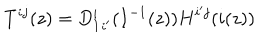
LaTeX: T ^ { i j } ( z ) = { D _ { 1 } ^ { i } } _ { i ^ { \prime } } ( I ^ { - 1 } ( z ) ) H ^ { i ^ { \prime } j } ( i ( z ) )